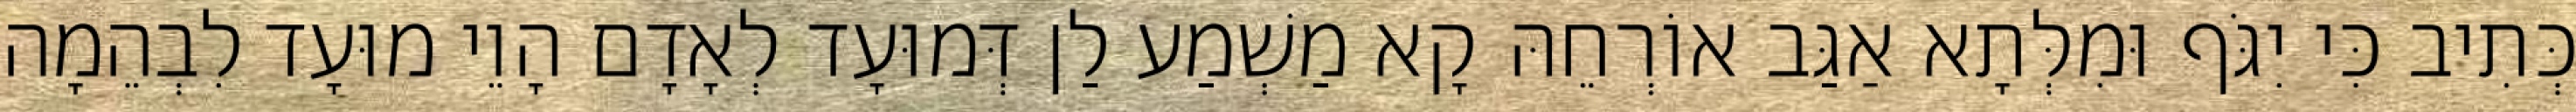
כְּתִיב כִּי יִגֹּף וּמִלְּתָא אַגַּב אוֹרְחֵהּ קָא מַשְׁמַע לַן דְּמוּעָד לְאָדָם הָוֵי מוּעָד לִבְהֵמָה